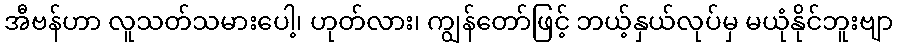
အီဗန်ဟာ လူသတ်သမားပေါ့၊ ဟုတ်လား၊ ကျွန်တော်ဖြင့် ဘယ့်နှယ်လုပ်မှ မယုံနိုင်ဘူးဗျာ